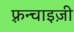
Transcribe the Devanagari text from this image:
फ़्रन्चाइज़ी